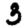
Digit: 3